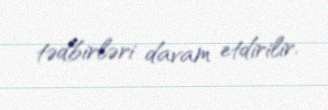
tədbirləri davam etdirilir.